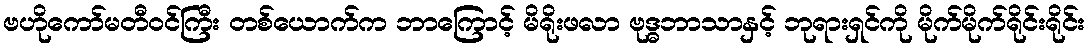
ဗဟိုကော်မတီဝင်ကြီး တစ်ယောက်က ဘာကြောင့် မိရိုးဖလာ ဗုဒ္ဓဘာသာနှင့် ဘုရားရှင်ကို မိုက်မိုက်ရိုင်းရိုင်း